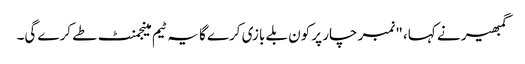
گمبھیر نے کہا، "نمبر چار پر کون بلے بازی کرے گا یہ ٹیم مینجمنٹ طے کرے گی۔